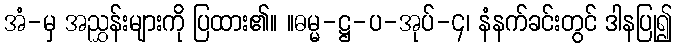
အံ-မှ အညွှန်းများကို ပြထား၏။ ။ဓမ္မ-ဋ္ဌ-ပ-အုပ်-၄၊ နံနက်ခင်းတွင် ဒါနပြု၍